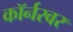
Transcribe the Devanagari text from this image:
काॅर्नरवर